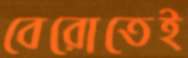
বেরোতেই